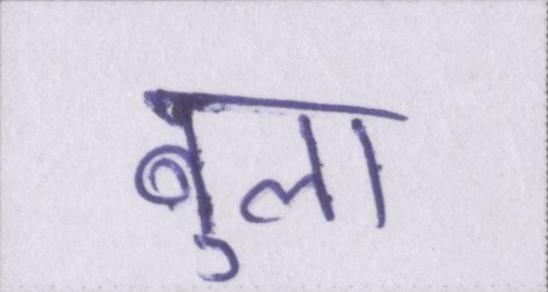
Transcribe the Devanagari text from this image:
बुला